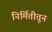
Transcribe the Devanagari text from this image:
निर्मितीतून